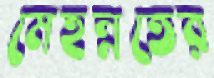
মেহন্নতের